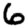
Digit: 6